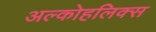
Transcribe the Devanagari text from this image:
अल्कोहलिक्स